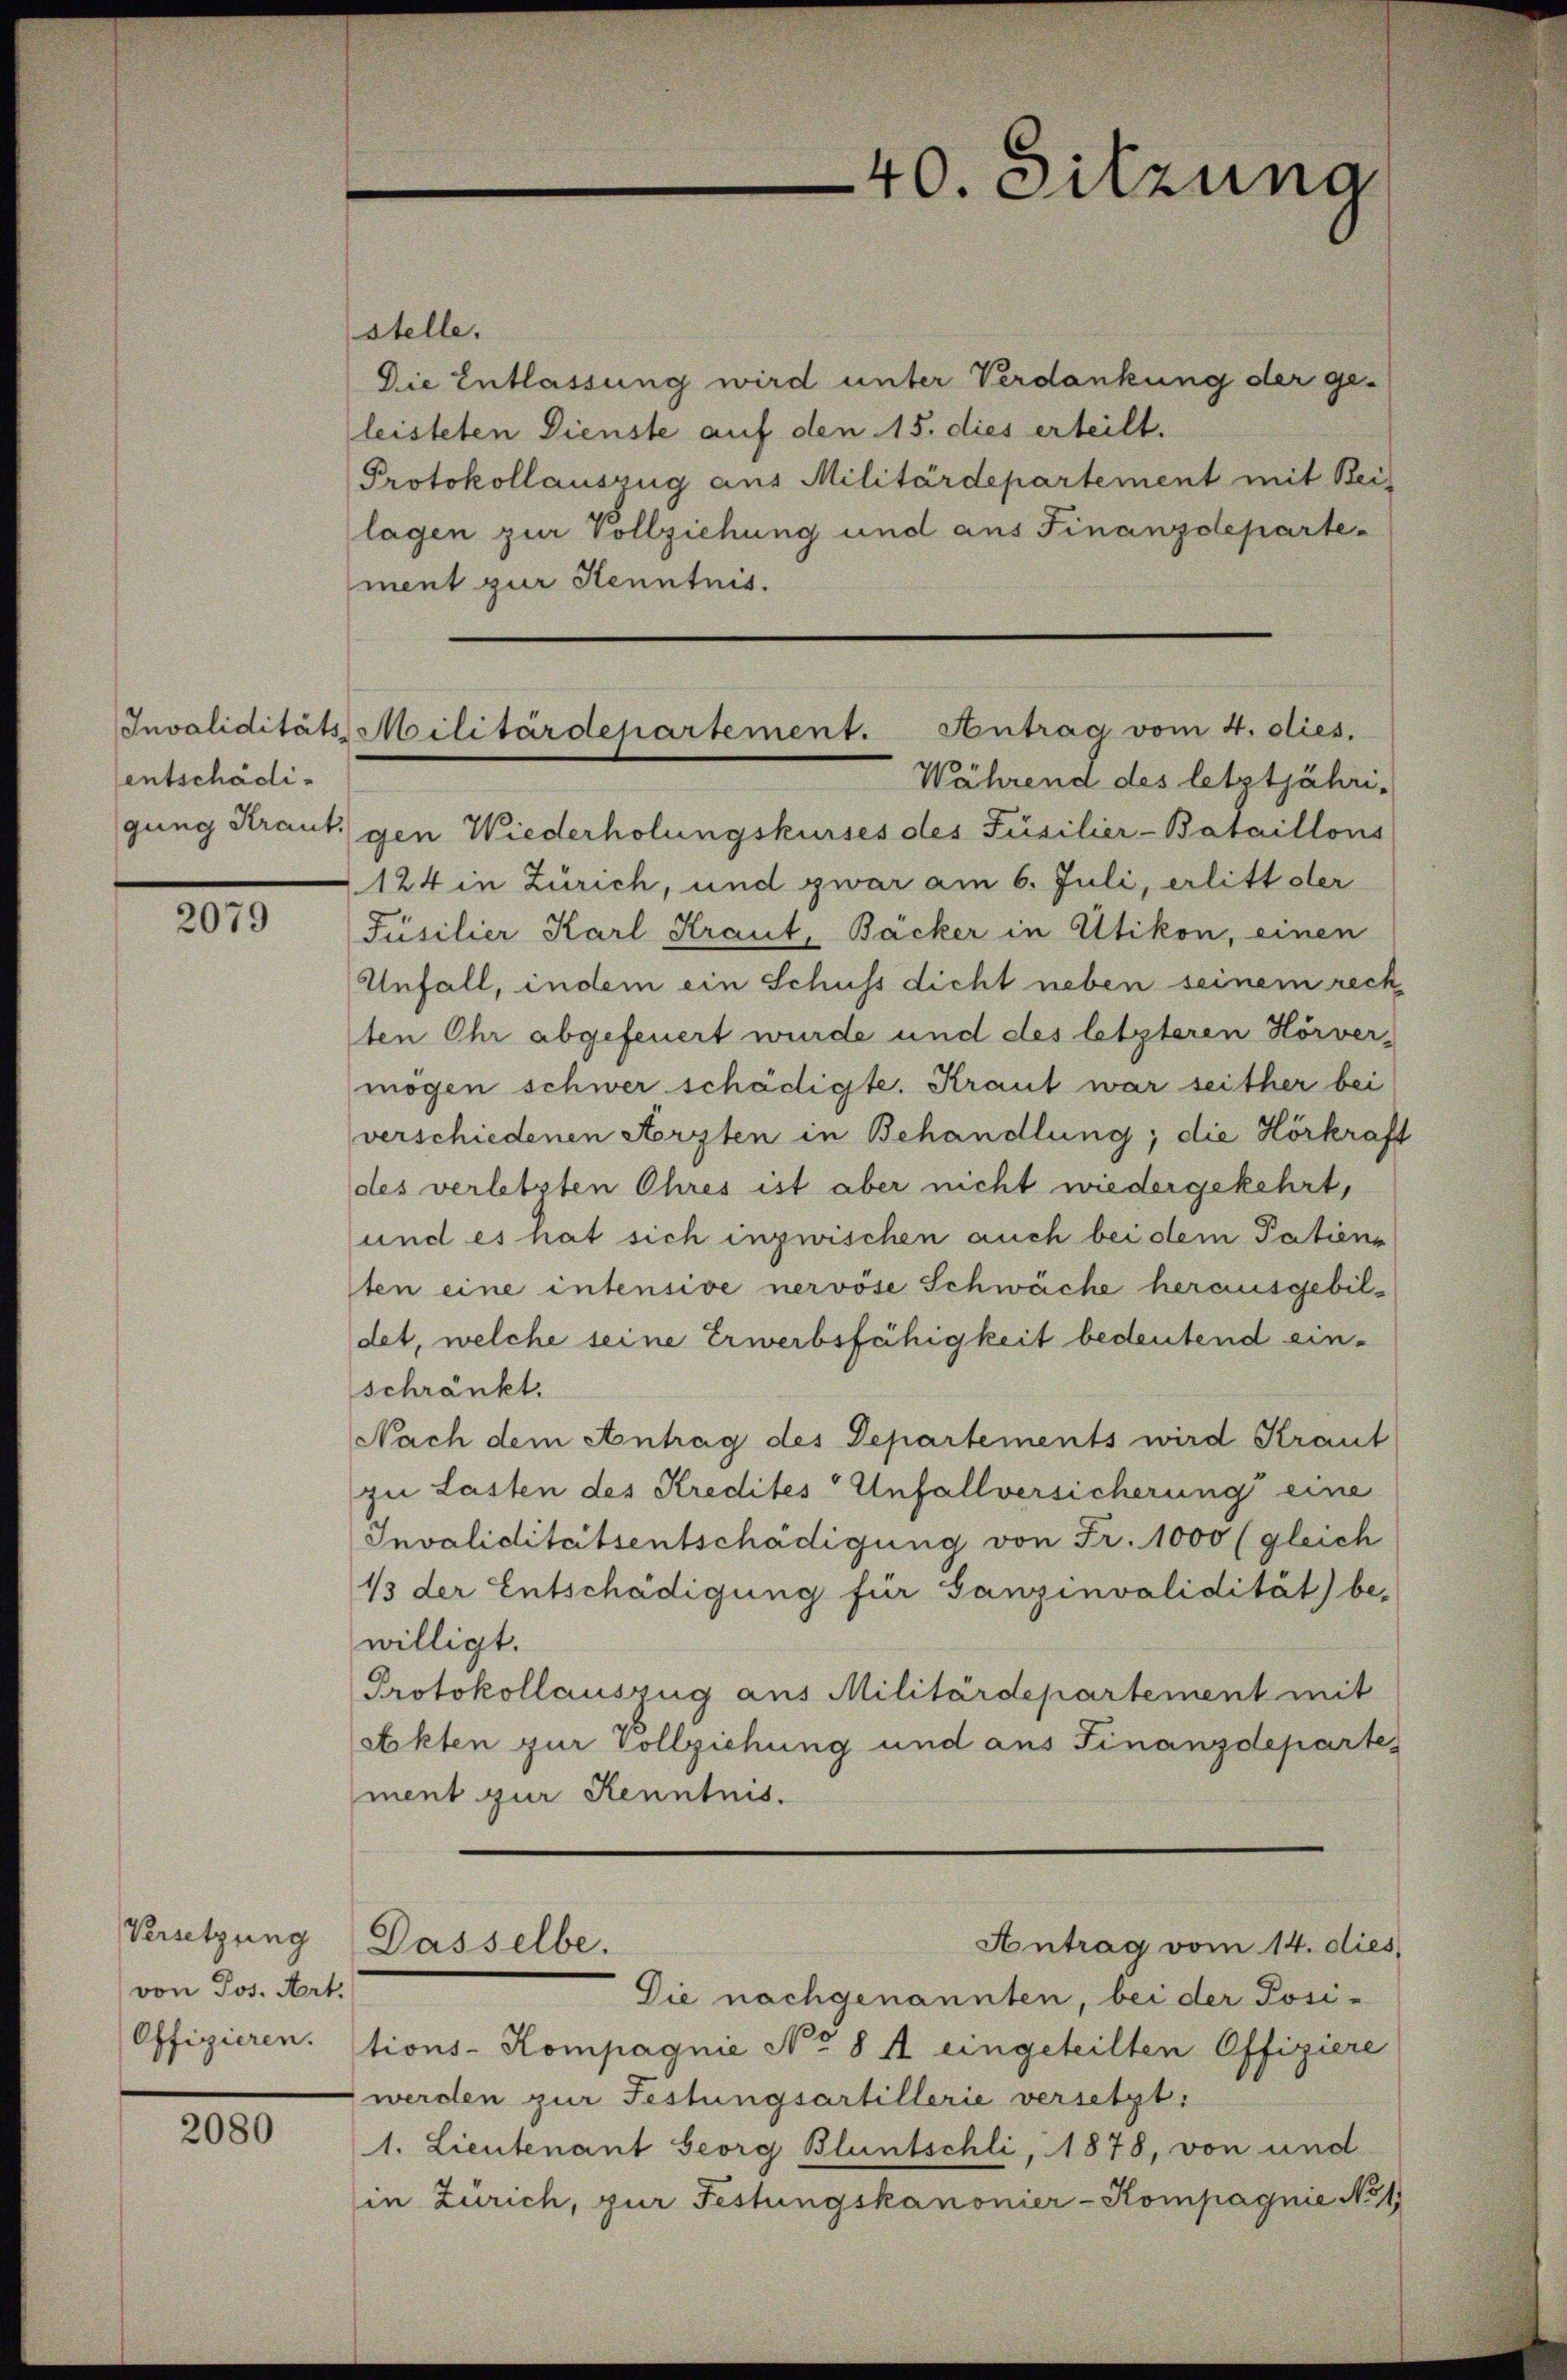
entschädi¬

2079

von Jos. Art.
Offizieren.

2080

stelle.
Die Entlassung wird unter Verdankung der ge-
leisteten Dienste auf den 15. dies erteilt.
Protokollauszug aus Militärdepartement mit Beis
lagen zur Vollziehung und aus Finanzdepartement zur Kenntnis.
Während des letztjähri-
gung Straut gen Wiederholungskurses des Füsilier-Bataillons
124 in Zürich, und zwar am 6. Juli, erlitt der
Füsilier Karl Kraut, Bäcker in Utikon, einen
Unfall, indem ein Schuss dicht neben seinem rech
ten Ohr abgefeuert wurde und des letzteren Hörver-
mögen schwer schädigte. Kraut war seither bei
verschiedenen Arzten in Behandlung; die Hörkraft
des verletzten Ohres ist aber nicht wiedergekehrt,
und es hat sich inzwischen auch bei dem Patiene
sten eine intensive nervöse Schwäche herausgebildet, welche seine Erwerbsfähigkeit bedeutend ein-
schränkt.
Nach dem Antrag des Departements wird Kraut
zu Lasten des Kredites Unfallversicherung eine
Invaliditätsentschädigung von Fr. 1000 (gleich
1 der Entschädigung für Ganzinvalidität) be-
willigt.
Protokollauszug aus Militärdepartement mit
Akten zur Vollziehung und aus Finanzdepartes
ment zur Kenntnis.
Versetzung Dasselbe.
Antrag vom 14. dies
Die nachgenannten, bei der Posi-
tions-Kompagnie No 8 A eingeteilten Offiziere
werden zur Festungsartillerie versetzt:
1. Lieutenant Georg Bluntschli, 1878, von und
in Zürich, zur Festungskanonier-Kompagnie No 1

40. Sitzung

Invaliditäts Militärdepartement. Antrag vom 4. dies.